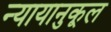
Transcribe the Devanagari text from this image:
न्यायानुकूल